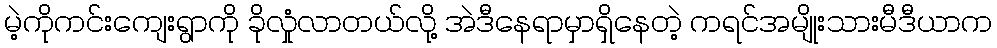
မဲ့ကိုကင်းကျေးရွာကို ခိုလှုံလာတယ်လို့ အဲဒီနေရာမှာရှိနေတဲ့ ကရင်အမျိုးသားမီဒီယာက